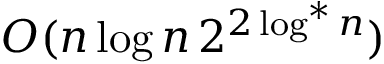
O ( n \log n \, 2 ^ { 2 \log ^ { * } n } )